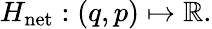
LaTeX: \begin{array}{r}{H_{\mathrm{net}}:(q,p)\mapsto\mathbb{R}.}\end{array}